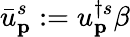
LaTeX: {\bar{u}}_{\textbf{p}}^{s}:=u_{\textbf{p}}^{\dagger s}\beta